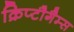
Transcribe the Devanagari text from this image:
क्रिप्टौगैम्स